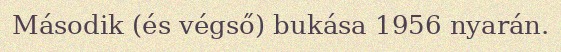
Második (és végső) bukása 1956 nyarán.